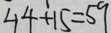
4 4 + 1 5 = 5 9